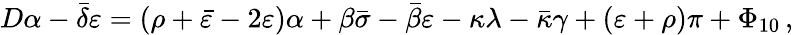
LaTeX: D\alpha-{\bar{\delta}}\varepsilon=(\rho+{\bar{\varepsilon}}-2\varepsilon)\alpha+\beta{\bar{\sigma}}-{\bar{\beta}}\varepsilon-\kappa\lambda-{\bar{\kappa}}\gamma+(\varepsilon+\rho)\pi+\Phi_{10}\, ,